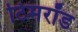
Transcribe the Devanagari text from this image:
टिमरॉड